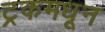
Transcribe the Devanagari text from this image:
ट्रकमधून